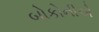
બોકોનીએ